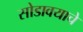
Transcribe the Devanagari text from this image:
सोडावयाचे